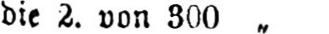
die 2. von 300„